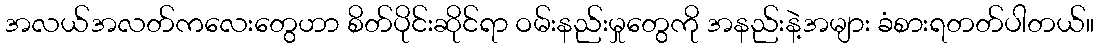
အလယ်အလတ်ကလေးတွေဟာ စိတ်ပိုင်းဆိုင်ရာ ဝမ်းနည်းမှုတွေကို အနည်းနဲ့အများ ခံစားရတတ်ပါတယ်။